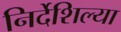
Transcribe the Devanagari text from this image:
निर्देशिल्या